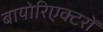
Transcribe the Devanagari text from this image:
बायोरिएक्टरों